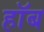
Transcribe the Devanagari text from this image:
हॉब